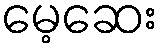
မေ့ဆေး